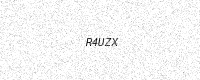
Text: R4UZX